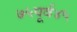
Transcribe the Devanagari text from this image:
७५पूर्व४५